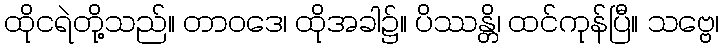
ထိုငရဲတို့သည်။ တာဝဒေ၊ ထိုအခါ၌။ ပိဿန္တိ၊ ထင်ကုန်ပြီ။ သဗ္ဗေ၊